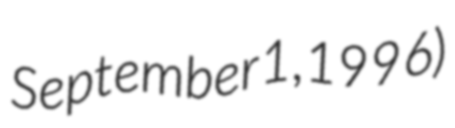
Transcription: September 1, 1996)